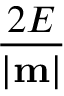
\frac { 2 E } { | { \bf m } | }